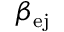
\beta _ { \mathrm { e j } }